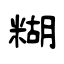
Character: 糊